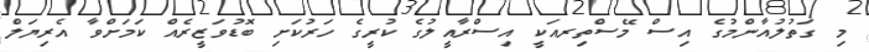
މި ގަތުލުއާންމުގެ އިސް މޭސްތިރއަކީ އިސްރާއީލުގެ ކުރީގެ ހަރުކަށި ބޮޑުވަޒީރެއް ކަމަށްވާ އެރިޔަލް